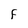
Character: F